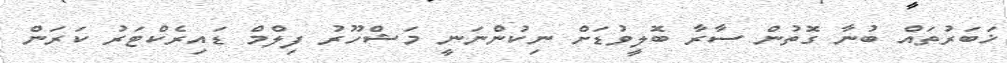
ޚަބަރުތައް ބުނާ ގޮތުން ސާރާ ބޮލީވުޑަށް ނިކުންނަނީ މަޝްހޫރު ފިލްމް ޑައިރެކްޓަރު ކަރަން